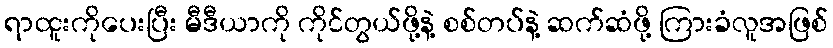
ရာထူးကိုပေးပြီး မီဒီယာကို ကိုင်တွယ်ဖို့နဲ့ စစ်တပ်နဲ့ ဆက်ဆံဖို့ ကြားခံလူအဖြစ်